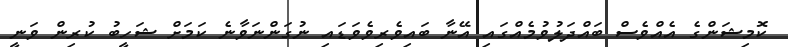
ކޮމިޝަންގެ އެއްވެސް ބައްދަލުވުމެއްގައި އޭނާ ބައިވެރިވެވަޑައި ނުގަންނަވާނެ ކަމަށް ޝަހީބު ކުރިން ވަނީ